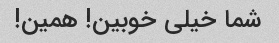
شما خیلی خوبین! همین!